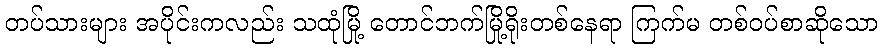
တပ်သားများ အပိုင်းကလည်း သထုံမြို့ တောင်ဘက်မြို့ရိုးတစ်နေရာ ကြက်မ တစ်ဝပ်စာဆိုသော